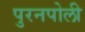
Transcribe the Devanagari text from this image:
पुरनपोली